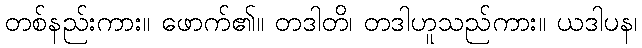
တစ်နည်းကား။ ဖောက်၏။ တဒါတိ၊ တဒါဟူသည်ကား။ ယဒါပန၊